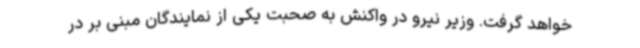
خواهد گرفت. وزیر نیرو در واکنش به صحبت یکی از نمایندگان مبنی بر در